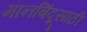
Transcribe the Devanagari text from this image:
मानबिंदूसाठी